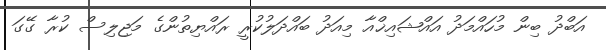
އަބްދު ބިން މުހައްމަދު އައްޝައިޚްއާ މިއަދު ބައްދަލުކުރީ ރައްޔިތުންގެ މަޖިލިސް ކުރާ ގޭގަ